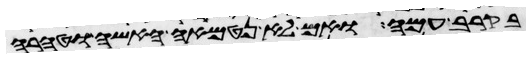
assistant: בקרב עמה ואם לא נטמאה האשה וטהרה